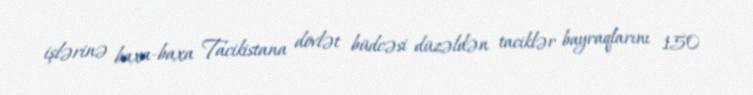
işlərinə baxa-baxa Tacikistana dövlət büdcəsi düzəldən taciklər bayraqlarını 150